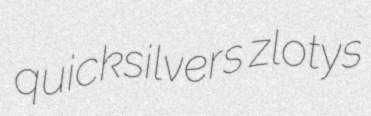
quicksilvers zlotys